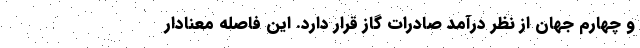
و چهارم جهان از نظر درآمد صادرات گاز قرار دارد. این فاصله معنادار